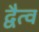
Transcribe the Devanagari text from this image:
द्वैत्व